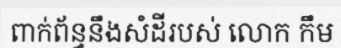
ពាក់ព័ន្ធនឹងសំដីរបស់ លោក កឹម